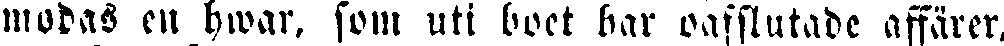
modas en hwar, som uti boet har oafslutade affärer,